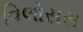
વિલોસસ